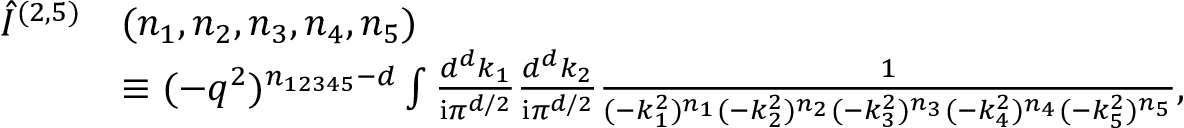
\begin{array} { r l } { \hat { I } ^ { ( 2 , 5 ) } } & { ( n _ { 1 } , n _ { 2 } , n _ { 3 } , n _ { 4 } , n _ { 5 } ) } \\ & { \equiv ( - q ^ { 2 } ) ^ { n _ { 1 2 3 4 5 } - d } \int \frac { d ^ { d } k _ { 1 } } { \mathrm { i } \pi ^ { d / 2 } } \frac { d ^ { d } k _ { 2 } } { \mathrm { i } \pi ^ { d / 2 } } \frac { 1 } { ( - k _ { 1 } ^ { 2 } ) ^ { n _ { 1 } } ( - k _ { 2 } ^ { 2 } ) ^ { n _ { 2 } } ( - k _ { 3 } ^ { 2 } ) ^ { n _ { 3 } } ( - k _ { 4 } ^ { 2 } ) ^ { n _ { 4 } } ( - k _ { 5 } ^ { 2 } ) ^ { n _ { 5 } } } , } \end{array}